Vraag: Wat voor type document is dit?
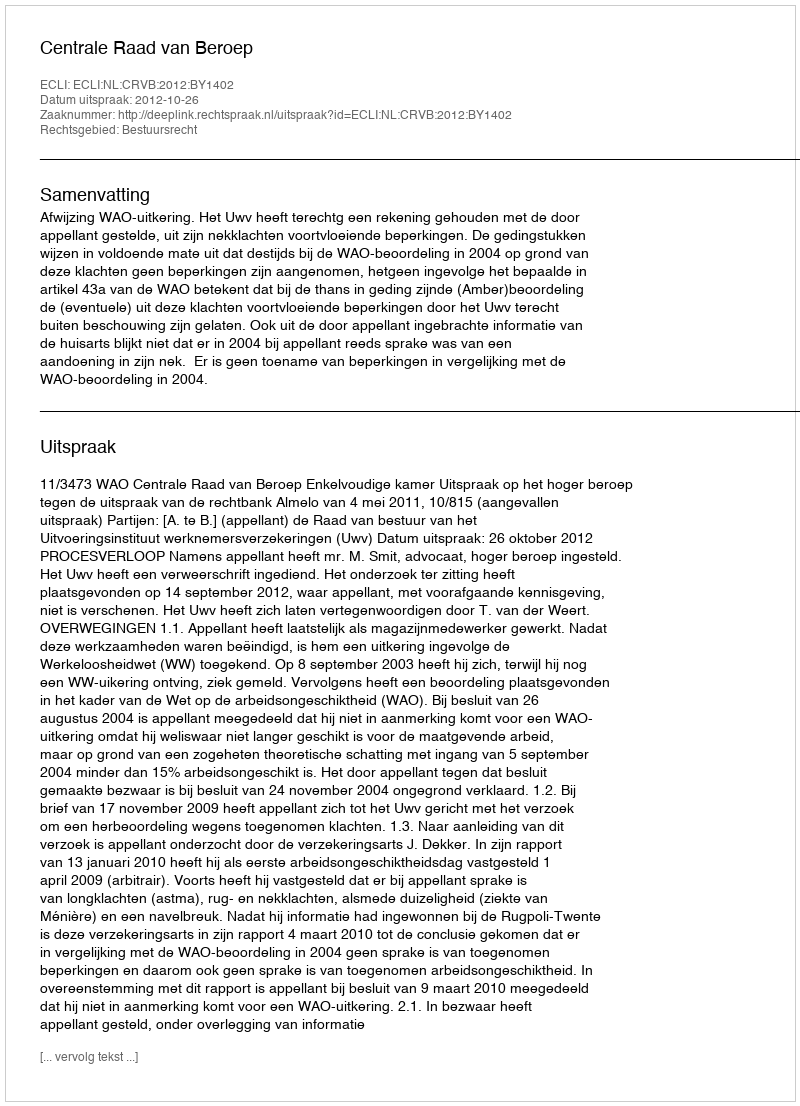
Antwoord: Uitspraak